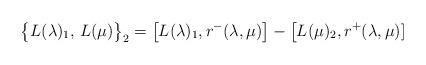
LaTeX: \begin{align*}\big\{L(\lambda)_1,\, L(\mu)\big\}_2=\big[L(\lambda)_1,r^-(\lambda,\mu)\big]-\big[L(\mu)_2,r^+(\lambda,\mu)]\end{align*}